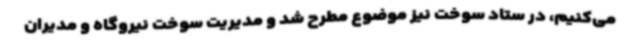
می‌کنیم، در ستاد سوخت نیز موضوع مطرح شد و مدیریت سوخت نیروگاه و مدیران